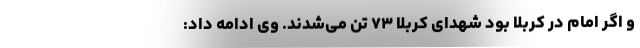
و اگر امام در کربلا بود شهدای کربلا ۷۳ تن می‌شدند. وی ادامه داد: